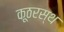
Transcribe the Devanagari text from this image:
कूठरस्थ